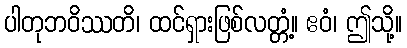
ပါတုဘဝိဿတိ၊ ထင်ရှားဖြစ်လတ္တံ့။ ဧဝံ၊ ဤသို့။